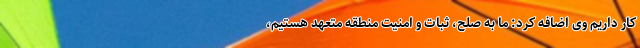
کار داریم وی اضافه کرد: ما به صلح، ثبات و امنیت منطقه متعهد هستیم،